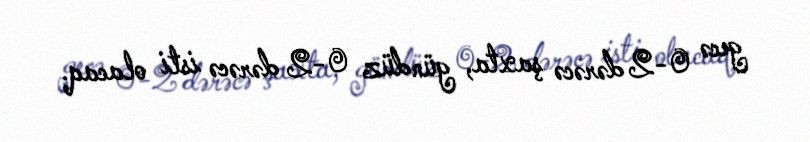
gecə 0-2 dərəcə şaxta, gündüz 0-2 dərəcə isti olacaq.